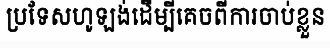
ប្រទែសហូឡង់ដើម្បីគេចពីការចាប់ខ្លួន